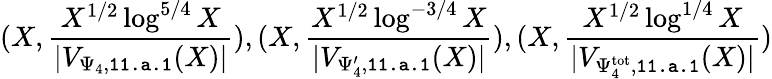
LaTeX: (X,\frac{X^{1/2}\log^{5/4}X}{|V_{\Psi_{4},\texttt{11.a.1}}(X)|}),(X,\frac{X^{1/2}\log^{-3/4}X}{|V_{\Psi_{4}^{\prime},\texttt{11.a.1}}(X)|}),(X,\frac{X^{1/2}\log^{1/4}X}{|V_{\Psi_{4}^{\mathrm{tot}},\texttt{11.a.1}}(X)|})